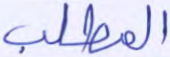
المطلب